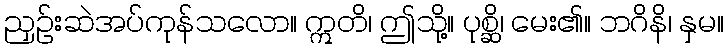
ညှဉ်းဆဲအပ်ကုန်သလော။ ဣတိ၊ ဤသို့။ ပုစ္ဆိ၊ မေး၏။ ဘဂိနိ၊ နှမ။